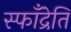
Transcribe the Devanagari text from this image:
स्फॉँद्रेति